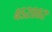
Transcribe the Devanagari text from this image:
४५२००२